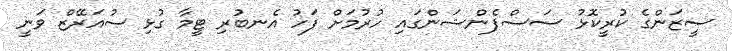
ސީޒަންގެ ކުރީކޮޅު ސަސްޕެންޝަންގައި ހުރުމަށް ފަހު އެނބުރި ޓީމާ ގުޅި ސުއަރޭޒް ވަނީ